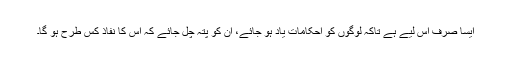
ایسا صرف اس لیے ہے تاکہ لوگوں کو احکامات یاد ہو جائے، اُن کو پتہ چل جائے کہ اس کا نفاذ کس طرح ہو گا۔